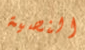
النصية